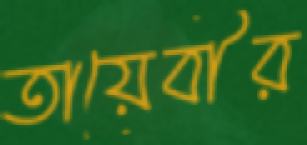
তায়েবীর